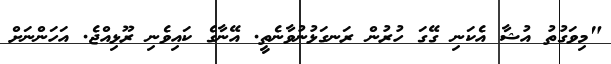
"މިވަގުތު އުޝާ އެކަނި ގޭގަ ހުރުން ރަނގަޅުނުވާނެތީ. އޭނާގެ ކައިވެނި ރޫޅިއްޖެ. އަހަންނަށް